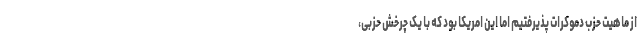
از ماهیت حزب دموکرات پذیرفتیم اما این امریکا بود که با یک چرخش حزبی،